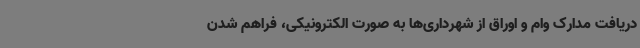
دریافت مدارک وام و اوراق از شهرداری‌ها به صورت الکترونیکی، فراهم شدن